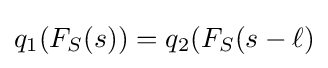
q_{1}(F_{S}(s))=q_{2}(F_{S}(s-\ell )